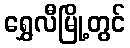
ရွှေလီမြို့တွင်